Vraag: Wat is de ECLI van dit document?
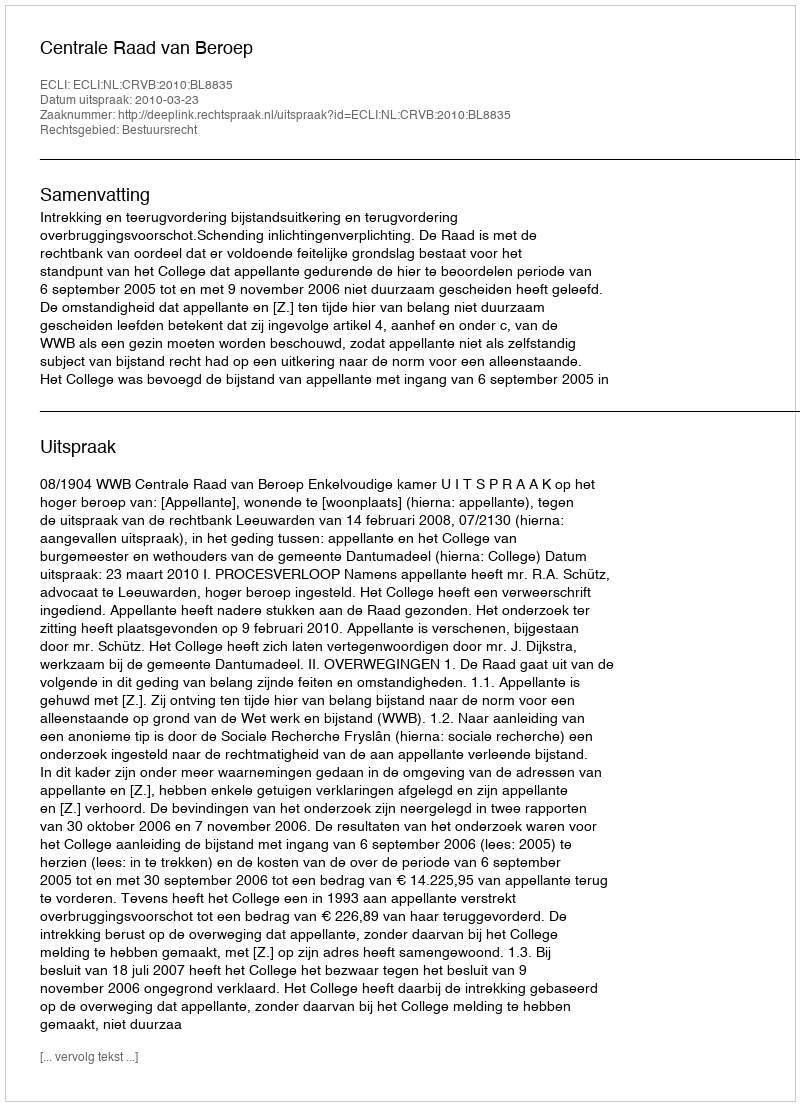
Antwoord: ECLI:NL:CRVB:2010:BL8835